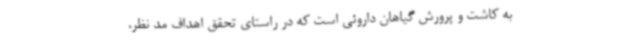
به کاشت و پرورش گیاهان داروئی است که در راستای تحقق اهداف مد نظر،